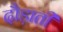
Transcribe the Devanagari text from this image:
दौड़ाती